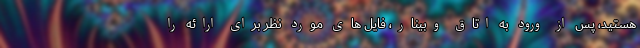
هستید، پس از ورود به اتاق وبینار، فایل های مورد نظر برای ارائه را